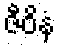
ဇီဝိနံ